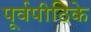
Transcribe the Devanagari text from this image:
पूर्वपीठिके